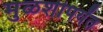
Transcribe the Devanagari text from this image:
मुळशीपर्यंत